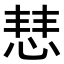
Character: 𢜎